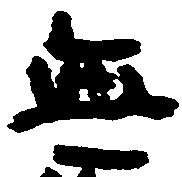
無